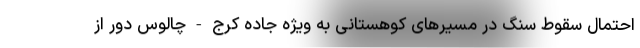
احتمال سقوط سنگ در مسیرهای کوهستانی به ویژه جاده کرج - چالوس دور از